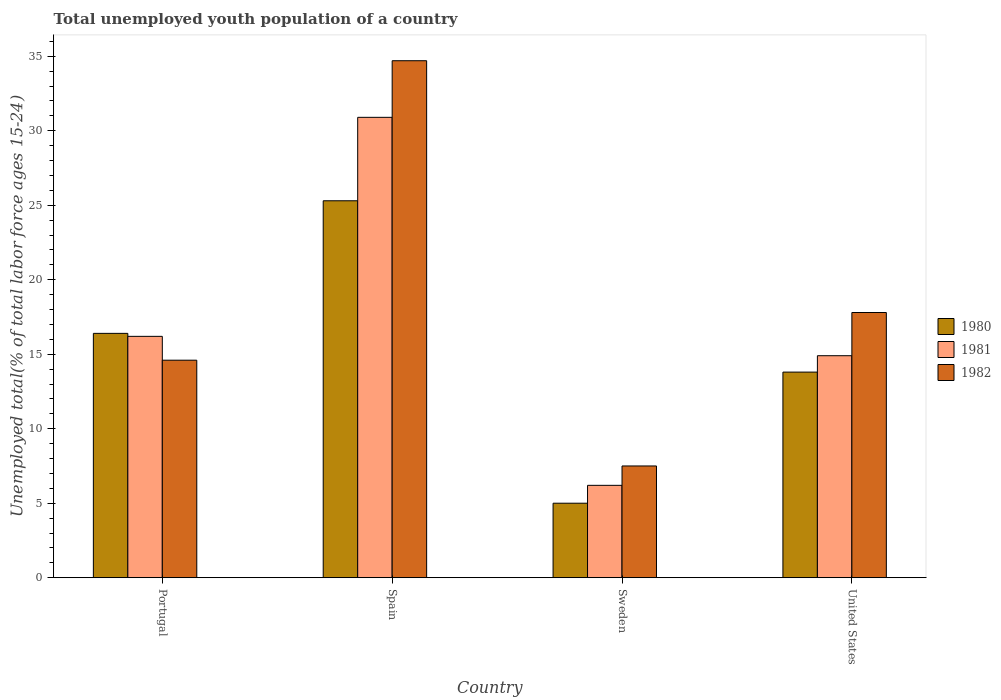
| Country | 1980 | 1981 | 1982 |
 | --- | --- | --- | --- |
 | Portugal | 16.4 | 16.2 | 14.6 |
 | Spain | 25.3 | 30.9 | 34.7 |
 | Sweden | 5 | 6.2 | 7.5 |
 | United States | 13.8 | 14.9 | 17.8 |